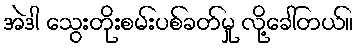
အဲဒါ သွေးတိုးစမ်းပစ်ခတ်မှု လို့ခေါ်တယ်။